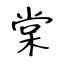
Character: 棠